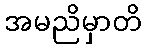
အမညိမှာတိ